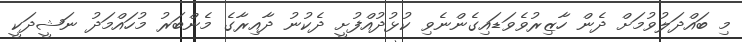
މި ބައްދަލުވުމަށް ދެން ހާޒިރުވެވަޑައިގެންނެވި ކުޅުދުއްފުށީ ދެކުނު ދާއިރާގެ މެންބަރު މުހައްމަދު ނަޝީދަކީ